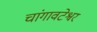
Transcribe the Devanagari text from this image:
चांगावटेश्वर